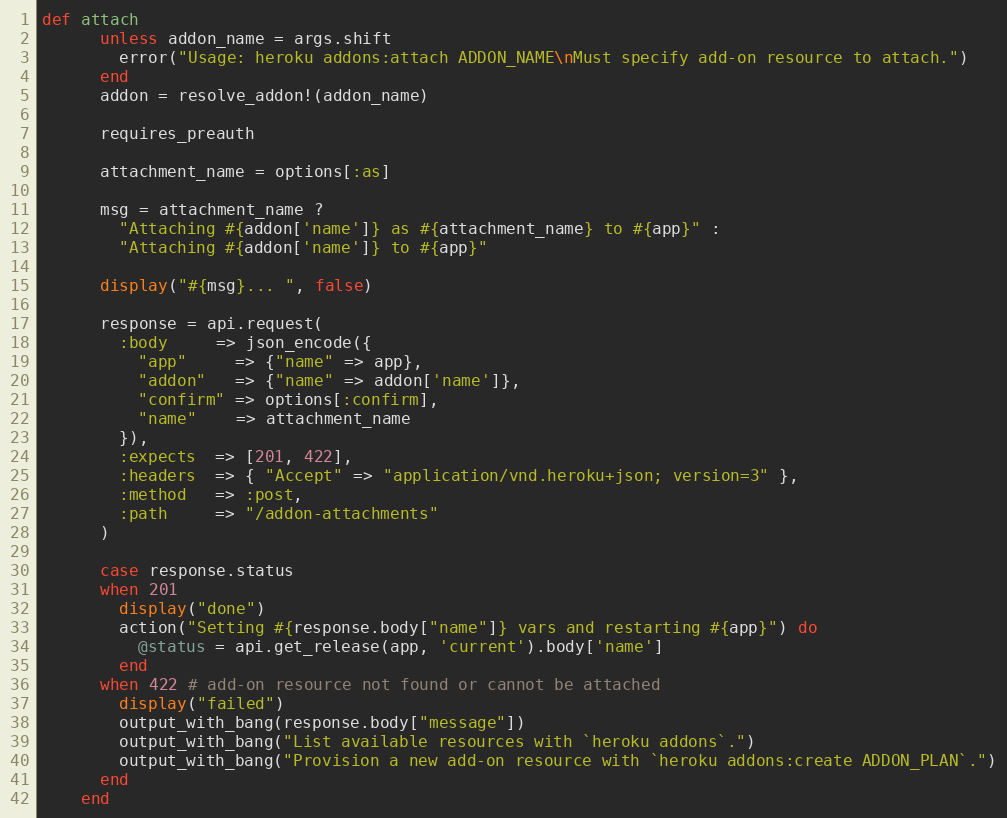
Language: Ruby
def attach
      unless addon_name = args.shift
        error("Usage: heroku addons:attach ADDON_NAME\nMust specify add-on resource to attach.")
      end
      addon = resolve_addon!(addon_name)

      requires_preauth

      attachment_name = options[:as]

      msg = attachment_name ?
        "Attaching #{addon['name']} as #{attachment_name} to #{app}" :
        "Attaching #{addon['name']} to #{app}"

      display("#{msg}... ", false)

      response = api.request(
        :body     => json_encode({
          "app"     => {"name" => app},
          "addon"   => {"name" => addon['name']},
          "confirm" => options[:confirm],
          "name"    => attachment_name
        }),
        :expects  => [201, 422],
        :headers  => { "Accept" => "application/vnd.heroku+json; version=3" },
        :method   => :post,
        :path     => "/addon-attachments"
      )

      case response.status
      when 201
        display("done")
        action("Setting #{response.body["name"]} vars and restarting #{app}") do
          @status = api.get_release(app, 'current').body['name']
        end
      when 422 # add-on resource not found or cannot be attached
        display("failed")
        output_with_bang(response.body["message"])
        output_with_bang("List available resources with `heroku addons`.")
        output_with_bang("Provision a new add-on resource with `heroku addons:create ADDON_PLAN`.")
      end
    end